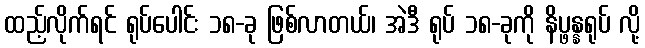
ထည့်လိုက်ရင် ရုပ်ပေါင်း ၁၈-ခု ဖြစ်လာတယ်၊ အဲဒီ ရုပ် ၁၈-ခုကို နိပ္ဖန္နရုပ် လို့